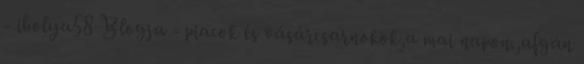
- ibolya58 Blogja - piacok és vásárcsarnokok,a mai napon.,afgán